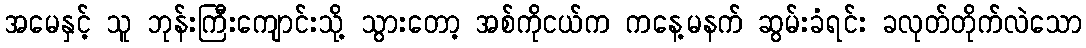
အမေနှင့် သူ ဘုန်းကြီးကျောင်းသို့ သွားတော့ အစ်ကိုငယ်က ကနေ့မနက် ဆွမ်းခံရင်း ခလုတ်တိုက်လဲသော